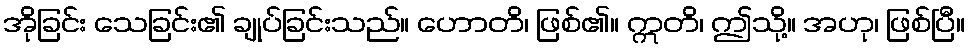
အိုခြင်း သေခြင်း၏ ချုပ်ခြင်းသည်။ ဟောတိ၊ ဖြစ်၏။ ဣတိ၊ ဤသို့။ အဟု၊ ဖြစ်ပြီ။